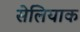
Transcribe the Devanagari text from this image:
सेलियाक